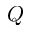
{ \cal Q }